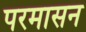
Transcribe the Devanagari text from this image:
परमासन